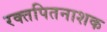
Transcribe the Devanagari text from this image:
रक्तपितनाशक